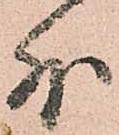
外